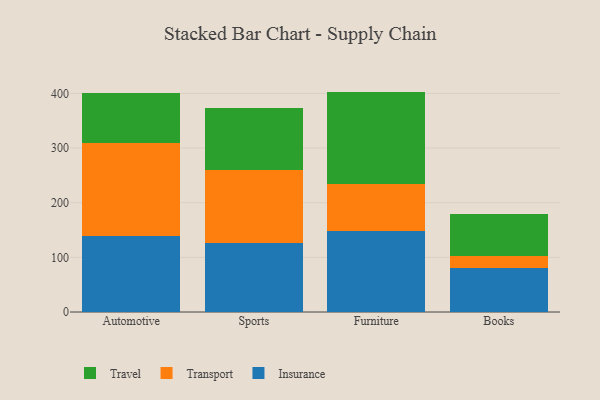
{"axis": {"x": "Category", "y": "Production Output"}, "legend": ["Insurance", "Transport", "Travel"], "data": [{"x": "Automotive", "y": 139.9, "type": "Insurance"}, {"x": "Automotive", "y": 170.2, "type": "Transport"}, {"x": "Automotive", "y": 90.0, "type": "Travel"}, {"x": "Sports", "y": 125.6, "type": "Insurance"}, {"x": "Sports", "y": 133.6, "type": "Transport"}, {"x": "Sports", "y": 113.5, "type": "Travel"}, {"x": "Furniture", "y": 147.6, "type": "Insurance"}, {"x": "Furniture", "y": 86.0, "type": "Transport"}, {"x": "Furniture", "y": 169.7, "type": "Travel"}, {"x": "Books", "y": 80.2, "type": "Insurance"}, {"x": "Books", "y": 21.7, "type": "Transport"}, {"x": "Books", "y": 77.9, "type": "Travel"}]}